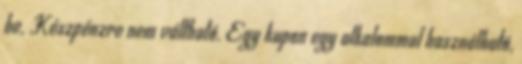
be. Készpénzre nem váltható. Egy kupon egy alkalommal használható,